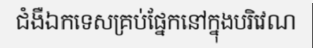
ជំងឺឯកទេសគ្រប់ផ្នែកនៅក្នុងបរិវេណ